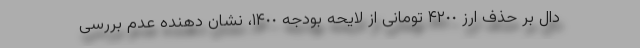
دال بر حذف ارز ۴٢٠٠ تومانی از لایحه بودجه ١۴٠٠، نشان دهنده عدم بررسی